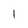
Character: 1